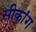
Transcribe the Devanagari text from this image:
सीकांग